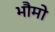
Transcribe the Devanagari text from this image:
भौमो